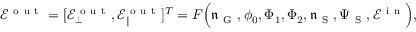
\mathcal { E } ^ { \mathrm { ~ o ~ u ~ t ~ } } = [ \mathcal { E } _ { \bot } ^ { \mathrm { ~ o ~ u ~ t ~ } } , \mathcal { E } _ { \| } ^ { \mathrm { ~ o ~ u ~ t ~ } } ] ^ { T } = F \Big ( \mathfrak { n } _ { \mathrm { ~ G ~ } } , \phi _ { 0 } , \Phi _ { 1 } , \Phi _ { 2 } , \mathfrak { n } _ { \mathrm { ~ S ~ } } , { \Psi } _ { \mathrm { ~ S ~ } } , \mathcal { E } ^ { \mathrm { ~ i ~ n ~ } } \Big ) ,